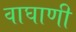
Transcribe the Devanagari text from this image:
वाघाणी